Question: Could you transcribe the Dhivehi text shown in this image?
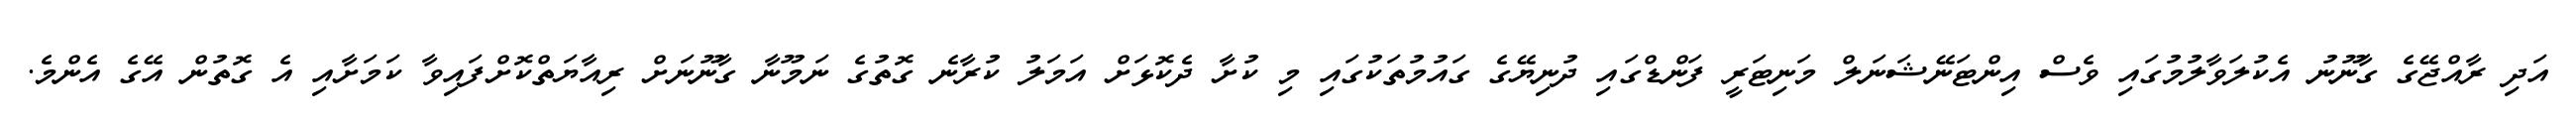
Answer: އަދި ރާއްޖޭގެ ގާނޫނު އެކުލަވާލުމުގައި ވެސް އިންޓަނޭޝަނަލް މަނިޓަރީ ފަންޑްގައި ދުނިޔޭގެ ގައުމުތަކުގައި މި ކުށާ ދެކޮޅަށް އަމަލު ކުރާނެ ގޮތުގެ ނަމޫނާ ގާނޫނަށް ރިއާޔަތްކޮށްފައިވާ ކަމަށާއި އެ ގޮތުން އޭގެ އެންމެ.